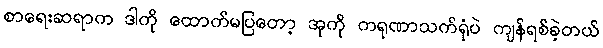
စာရေးဆရာက ဒါကို ထောက်မပြတော့ အုကို ကရုဏာသက်ရုံပဲ ကျန်ရစ်ခဲ့တယ်